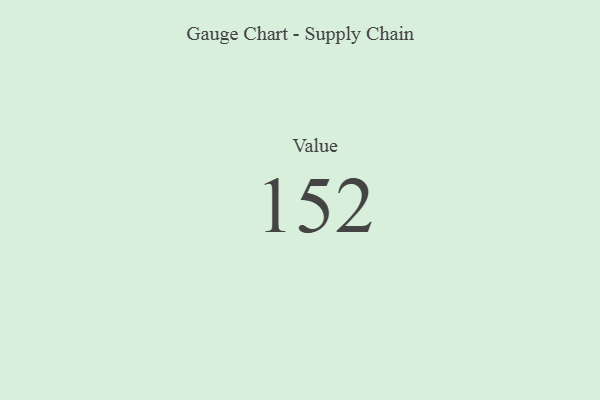
{"axis": {"x": "Metric", "y": "Value"}, "legend": [""], "data": [{"x": "Value", "y": 152, "type": ""}]}